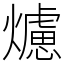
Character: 爈